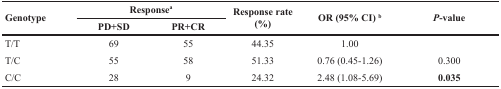
<table><thead><tr><td rowspan="2"><b>Genotype</b></td><td colspan="2"><b>Response<sup>a</sup></b></td><td rowspan="2"><b>Response rate (%)</b></td><td rowspan="2"><b>OR (95% CI) <sup>b</sup></b></td><td rowspan="2"><b><i>P</i>-value</b></td></tr><tr><td><b>PD+SD</b></td><td><b>PR+CR</b></td></tr></thead><tbody><tr><td>T/T</td><td>69</td><td>55</td><td>44.35</td><td>1.00</td><td></td></tr><tr><td>T/C</td><td>55</td><td>58</td><td>51.33</td><td>0.76 (0.45-1.26)</td><td>0.300</td></tr><tr><td>C/C</td><td>28</td><td>9</td><td>24.32</td><td>2.48 (1.08-5.69)</td><td><b>0.035</b></td></tr></tbody></table>